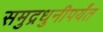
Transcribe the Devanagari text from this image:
समुद्रधुनीपर्यंत